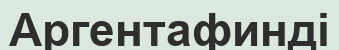
Аргентафинді